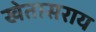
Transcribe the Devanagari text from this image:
खेतासराय